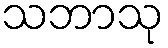
သဘာသု